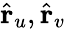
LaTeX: \hat{\mathbf{r}}_{u},\hat{\mathbf{r}}_{v}